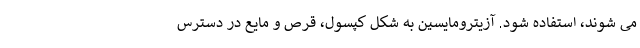
می شوند، استفاده شود. آزیترومایسین به شکل کپسول، قرص و مایع در دسترس